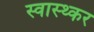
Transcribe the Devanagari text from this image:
स्वास्थ्कर